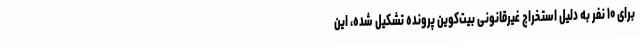
برای ۱۰ نفر به دلیل استخراج غیرقانونی بیت‌کوین پرونده تشکیل شده، این